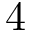
4